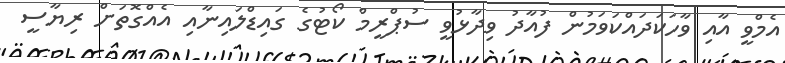
އެމްވީ އާއި ވާހަކަދައްކަވަމުން ފުއާދު ވިދާޅުވީ ސުޕްރީމް ކޯޓުގެ ގައިޑްލައިނާއި އެއްގޮތަށް ރިޔާސީ